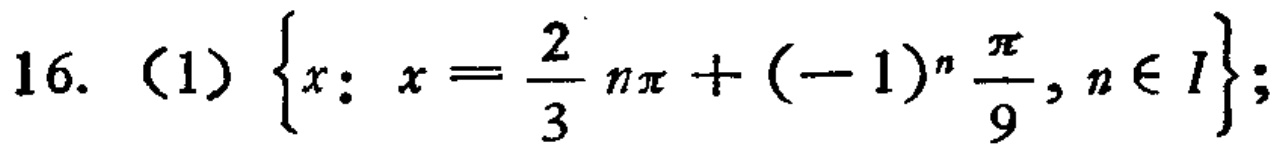
\(16.\ (1)\ \left\{x:\ x = \frac{2}{3}n\pi+(-1)^n\frac{\pi}{9}, n\in I\right\};\)